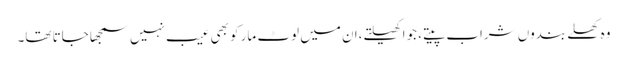
وہ کھلے بندوں شراب پیتے، جوا کھیلتے،ان میں لوٹ مار کو بھی عیب نہیں سمجھا جاتا تھا۔